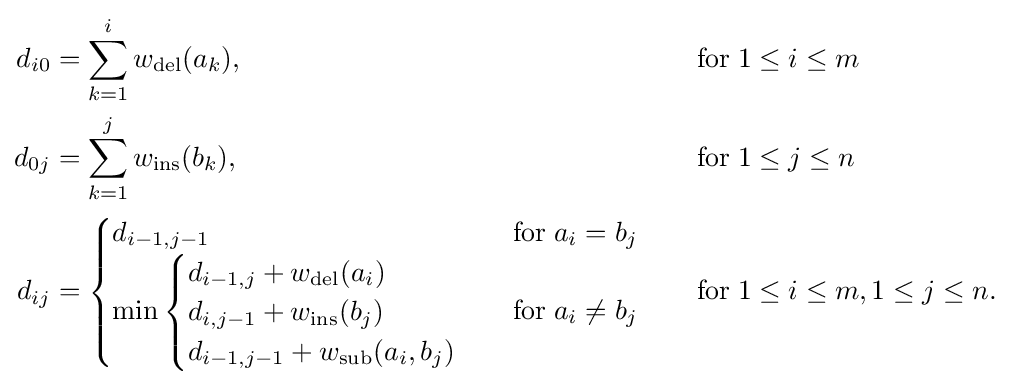
{\begin{aligned}d_{i0}&=\sum _{k=1}^{i}w_{\mathrm {del} }(a_{k}),&&\quad {\text{for}}\;1\leq i\leq m\\d_{0j}&=\sum _{k=1}^{j}w_{\mathrm {ins} }(b_{k}),&&\quad {\text{for}}\;1\leq j\leq n\\d_{ij}&={\begin{cases}d_{i-1,j-1}&{\text{for}}\;a_{i}=b_{j}\\\min {\begin{cases}d_{i-1,j}+w_{\mathrm {del} }(a_{i})\\d_{i,j-1}+w_{\mathrm {ins} }(b_{j})\\d_{i-1,j-1}+w_{\mathrm {sub} }(a_{i},b_{j})\end{cases}}&{\text{for}}\;a_{i}\neq b_{j}\end{cases}}&&\quad {\text{for}}\;1\leq i\leq m,1\leq j\leq n.\end{aligned}}